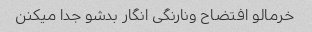
خرمالو افتضاح ونارنگی انگار بدشو جدا میکنن